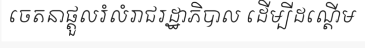
ចេតនាផ្តួលរំលំរាជរដ្ឋាភិបាល ដើម្បីដណ្តើម